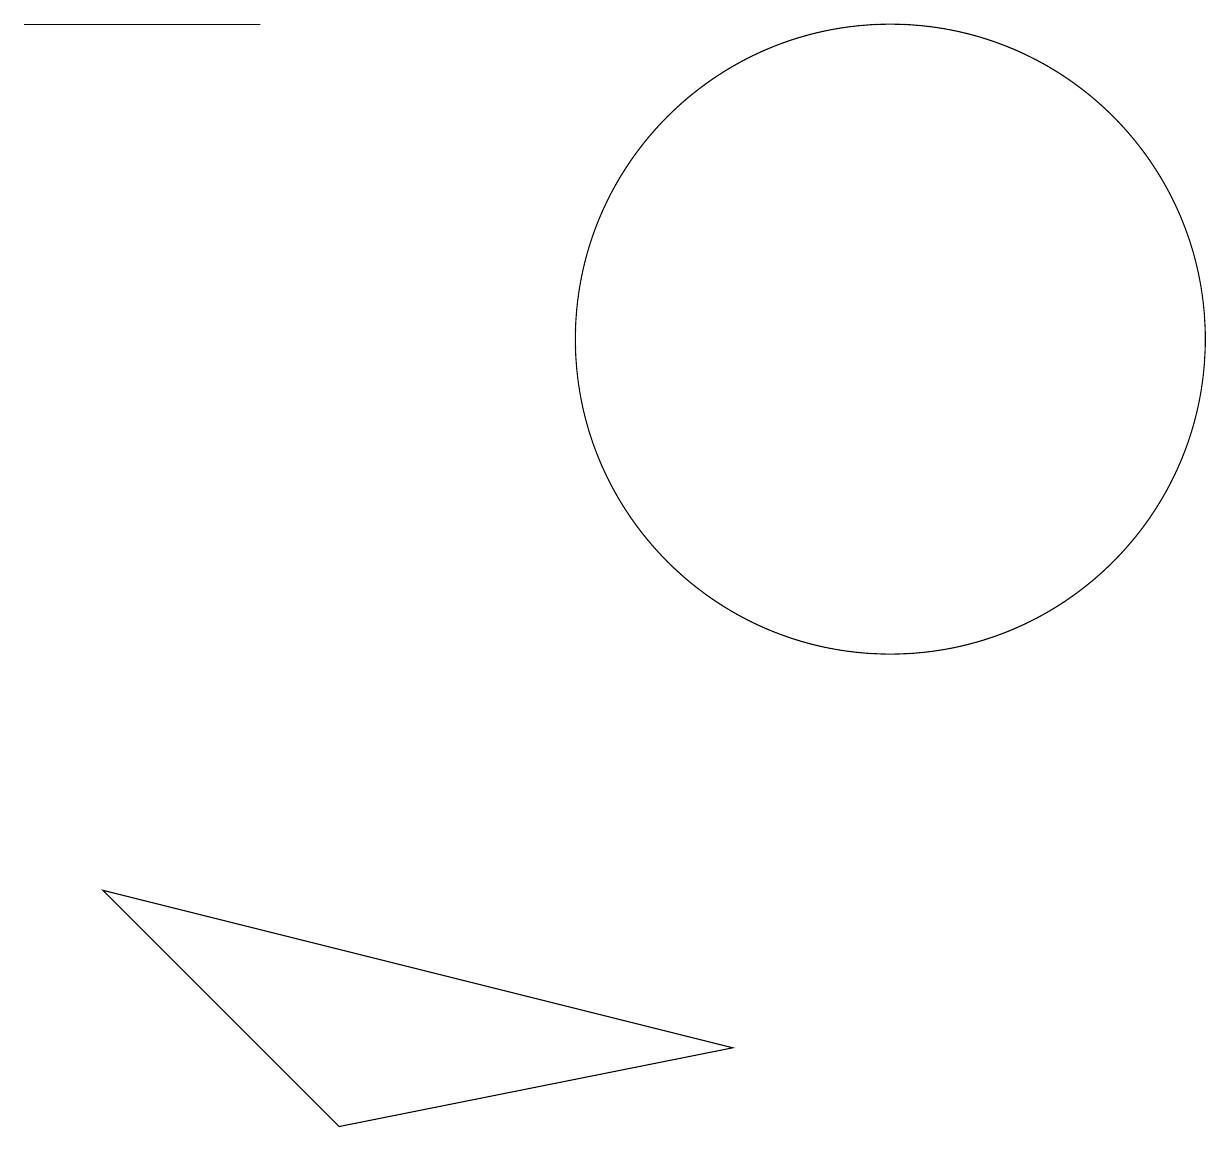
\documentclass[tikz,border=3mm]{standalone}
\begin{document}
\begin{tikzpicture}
\draw (0,15) rectangle (3,15);
\draw (9,2) -- (4,1) -- (1,4) -- cycle;
\draw (11,11) circle (4);
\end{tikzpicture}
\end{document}